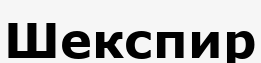
Шекспир